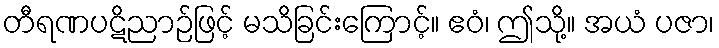
တီရဏပဋိညာဉ်ဖြင့် မသိခြင်းကြောင့်။ ဧဝံ၊ ဤသို့။ အယံ ပဇာ၊